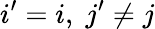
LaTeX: i^{\prime}=i,\; j^{\prime}\neq j